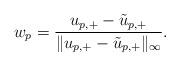
LaTeX: \begin{align*}w_p=\frac{u_{p,+}-\tilde{u}_{p,+}}{\|u_{p,+}-\tilde{u}_{p,+}\|_\infty}.\end{align*}